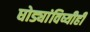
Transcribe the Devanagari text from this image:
घोड्यांविष्यीही